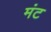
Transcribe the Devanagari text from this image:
मंट